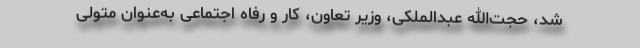
شد، حجت‌الله عبدالملکی، وزیر تعاون، کار و رفاه اجتماعی به‌عنوان متولی